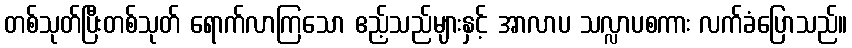
တစ်သုတ်ပြီးတစ်သုတ် ရောက်လာကြသော ဧည့်သည်များနှင့် အာလာပ သလ္လာပစကား လက်ခံပြောသည်။